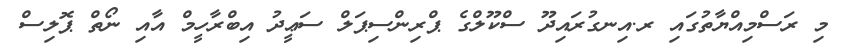
މި ރަސްމިއްޔާތުގައި ރ.އިނގުރައިދޫ ސްކޫލްގެ ޕްރިންސިޕަލް ސަޢީދު އިބްރާހީމް އާއި ނޯތް ޕޮލިސް